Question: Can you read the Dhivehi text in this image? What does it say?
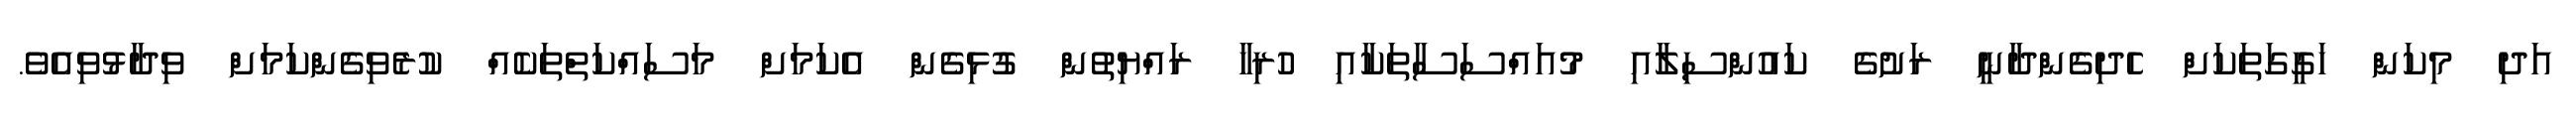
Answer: އަދި މިކަން ހަގީގަތަކަށް ހެދިގެންދާނީ ރަށުގެ ކައުންސިލާއި މުއައްސަސާތަކާއި ހުރިހާ ރައްޔިތުން ގުޅިގެން އެކަމަށް މަސައްކަތްތަކެއް ކުރެވިގެންކަމަށް ވިދާޅުވިއެވެ.